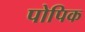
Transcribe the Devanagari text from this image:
पोपिक